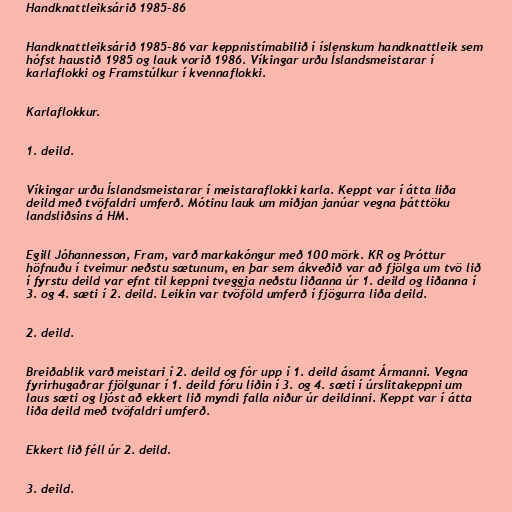
Handknattleiksárið 1985-86

Handknattleiksárið 1985-86 var keppnistímabilið í íslenskum handknattleik sem
hófst haustið 1985 og lauk vorið 1986. Víkingar urðu Íslandsmeistarar í
karlaflokki og Framstúlkur í kvennaflokki.

Karlaflokkur.

1. deild.

Víkingar urðu Íslandsmeistarar í meistaraflokki karla. Keppt var í átta liða
deild með tvöfaldri umferð. Mótinu lauk um miðjan janúar vegna þátttöku
landsliðsins á HM.

Egill Jóhannesson, Fram, varð markakóngur með 100 mörk. KR og Þróttur
höfnuðu í tveimur neðstu sætunum, en þar sem ákveðið var að fjölga um tvö lið
í fyrstu deild var efnt til keppni tveggja neðstu liðanna úr 1. deild og liðanna í
3. og 4. sæti í 2. deild. Leikin var tvöföld umferð í fjögurra liða deild.

2. deild.

Breiðablik varð meistari í 2. deild og fór upp í 1. deild ásamt Ármanni. Vegna
fyrirhugaðrar fjölgunar í 1. deild fóru liðin í 3. og 4. sæti í úrslitakeppni um
laus sæti og ljóst að ekkert lið myndi falla niður úr deildinni. Keppt var í átta
liða deild með tvöfaldri umferð.

Ekkert lið féll úr 2. deild.

3. deild.